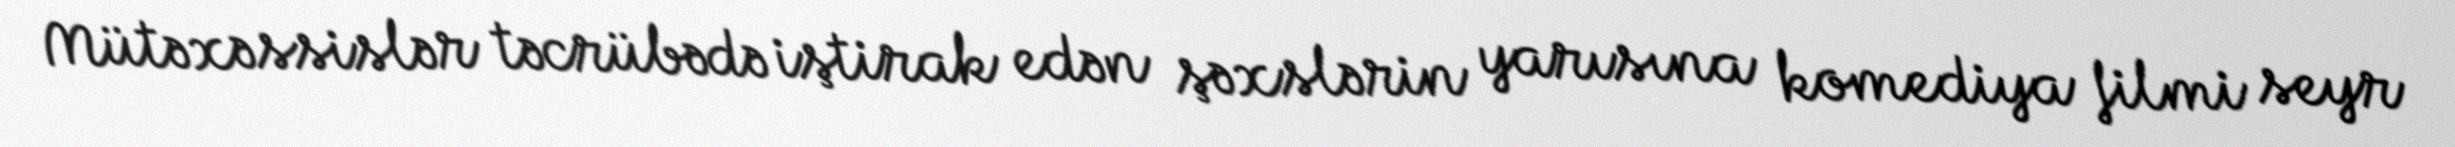
Mütəxəssislər təcrübədə iştirak edən şəxslərin yarısına komediya filmi seyr